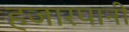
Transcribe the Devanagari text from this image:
हजारपानी